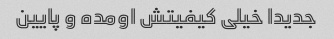
جدیدا خیلی کیفیتش اومده و پایین